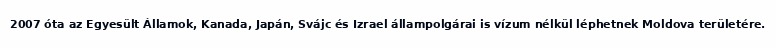
2007 óta az Egyesült Államok, Kanada, Japán, Svájc és Izrael állampolgárai is vízum nélkül léphetnek Moldova területére.